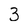
Character: 3